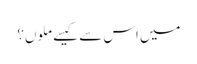
میں اس سے کیسے ملوں؟